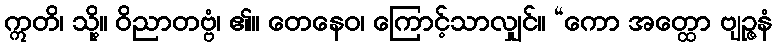
ဣတိ၊ သို့။ ဝိညာတဗ္ဗံ၊ ၏။ တေနေဝ၊ ကြောင့်သာလျှင်။ “ကော အတ္ထော ဗျဉ္ဇနံ